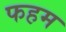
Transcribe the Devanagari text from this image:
फहम